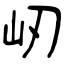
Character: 屻